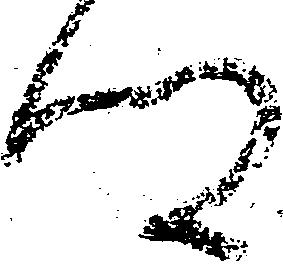
郷